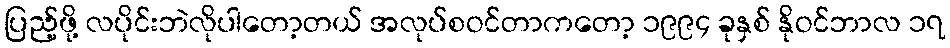
ပြည့်ဖို့ လပိုင်းဘဲလိုပါတော့တယ် အလုပ်စဝင်တာကတော့ ၁၉၉၄ ခုနှစ် နိုဝင်ဘာလ ၁၇